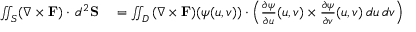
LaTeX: \begin{array} { r l } { \iint _ { S } ( \nabla \times \mathbf { F } ) \cdot \, d ^ { 2 } \mathbf { S } } & { { } = \iint _ { D } { ( \nabla \times \mathbf { F } ) ( \psi ( u , v ) ) \cdot \left( { \frac { \partial \psi } { \partial u } } ( u , v ) \times { \frac { \partial \psi } { \partial v } } ( u , v ) \, d u \, d v \right) } } \end{array}